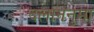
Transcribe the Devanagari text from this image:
दलाननुमा